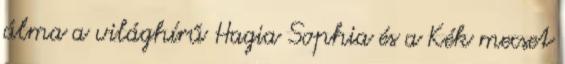
álma a világhírű Hagia Sophia és a Kék mecset